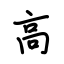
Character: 高